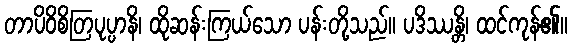
တာပိဝိစိတြပုပ္ပာနိ၊ ထိုဆန်းကြယ်သော ပန်းတို့သည်။ ပဒိဿန္တိ၊ ထင်ကုန်၏။